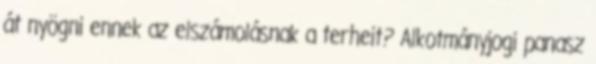
át nyögni ennek az elszámolásnak a terheit? Alkotmányjogi panasz